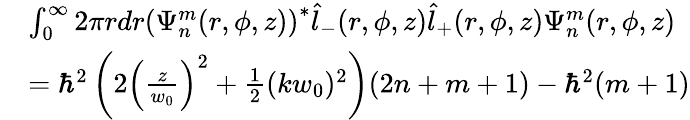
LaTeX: \begin{array}{rl}&{\int_{0}^{\infty}2\pi rdr\left(\Psi_{n}^{m}(r,\phi,z)\right)^{*}\hat{l}_{-}(r,\phi,z)\hat{l}_{+}(r,\phi,z)\Psi_{n}^{m}(r,\phi,z)}\\ &{=\hbar^{2}\left(2\left(\frac{z}{w_{0}}\right)^{2}+\frac{1}{2}(kw_{0})^{2}\right)(2n+m+1)-\hbar^{2}(m+1)}\end{array}